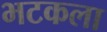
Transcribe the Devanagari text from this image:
भटकला